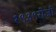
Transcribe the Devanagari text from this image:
१९३९रोजी